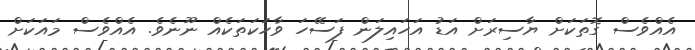
އެއްވެސް ގޮތަކަށް ޔާސިރަށް އަޑު އަހައިލަން ފަސޭހަ ވާހަކަތަކެއް ނޫނެވެ. އެއްވެސް މައަކަށް